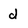
Character: d